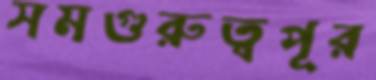
সমগুরুত্বপূর